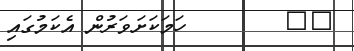
٣٠        ހަމަކަށަވަރުން އެކަމުގައި